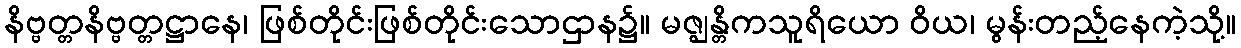
နိဗ္ဗတ္တနိဗ္ဗတ္တဋ္ဌာနေ၊ ဖြစ်တိုင်းဖြစ်တိုင်းသောဌာန၌။ မဇ္ဈန္တိကသူရိယော ဝိယ၊ မွန်းတည့်နေကဲ့သို့။